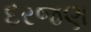
દરજણ